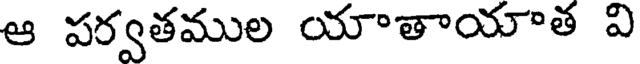
ఆ పర్వతముల యాతాయాత వి